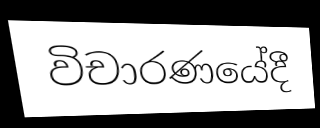
විචාරණයේදී